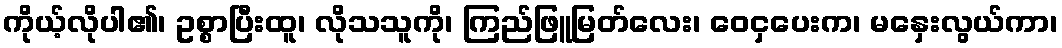
ကိုယ့်လိုပါ၏၊ ဥစ္စာပြီးထူ၊ လိုသသူကို၊ ကြည်ဖြူမြတ်လေး၊ ဝေငှပေးက၊ မနှေးလွယ်ကာ၊